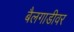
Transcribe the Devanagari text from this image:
बैलगाडीवर